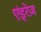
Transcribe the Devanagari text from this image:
एंड्रेज़